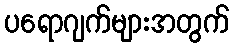
ပရောဂျက်များအတွက်